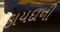
કાયદાની